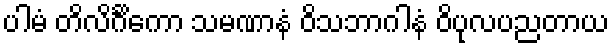
ပါမံ တိလိင်္ဂိကော သမဏာနံ ဝိသဘာဂါနံ ဝိပုလပညတာယ